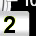
Digit: 2